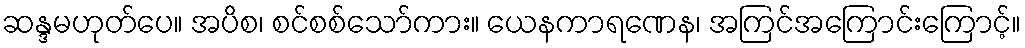
ဆန္ဒမဟုတ်ပေ။ အပိစ၊ စင်စစ်သော်ကား။ ယေနကာရဏေန၊ အကြင်အကြောင်းကြောင့်။